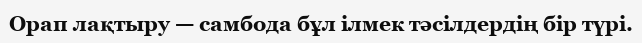
Орап лақтыру — cамбода бұл ілмек тәсілдердің бір түрі.